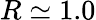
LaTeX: R\simeq 1.0